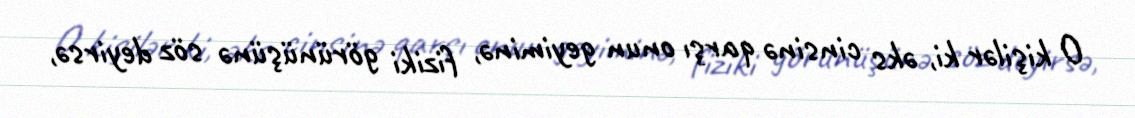
O kişilər ki, əks cinsinə qarşı onun geyiminə, fiziki görünüşünə söz deyirsə,